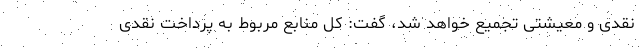
نقدی و معیشتی تجمیع خواهد شد، گفت: کل منابع مربوط به پرداخت نقدی